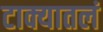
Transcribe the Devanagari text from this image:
टाक्यातलं